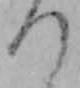
つ